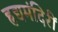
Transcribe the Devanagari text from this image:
हृद्यमंदिरीं